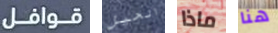
قوافل الحيل ماذا هنا